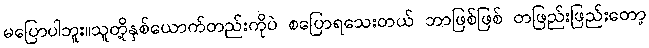
မပြောပါဘူး။သူတို့နှစ်ယောက်တည်းကိုပဲ စပြောရသေးတယ် ဘာဖြစ်ဖြစ် တဖြည်းဖြည်းတော့